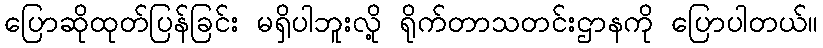
ပြောဆိုထုတ်ပြန်ခြင်း မရှိပါဘူးလို့ ရိုက်တာသတင်းဌာနကို ပြောပါတယ်။